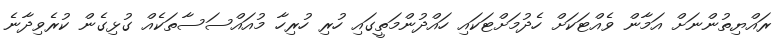
ރައްޔިތުންނަށް އަމާން ވެއްޓަކަށް ހެދުމަށްޓަކައި ހައްދުންމަތީގައި ހުރި ހުރިހާ މުއައްސަސާތަކެއް ގުޅިގެން ކުރެވިދާނެ